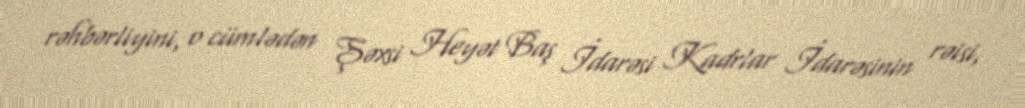
rəhbərliyini, o cümlədən Şəxsi Heyət Baş İdarəsi Kadrlar İdarəsinin rəisi,